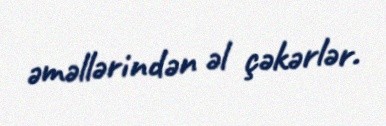
əməllərindən əl çəkərlər.